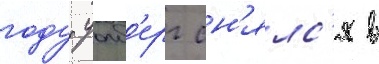
году уолб'ерг сн'ялс'я в